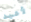
لأعيد